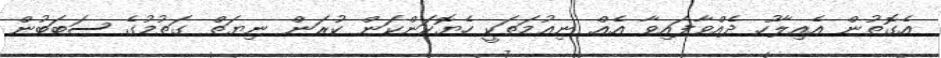
އެގޮތުން އެއިލާހު ދެއްވާފައިވާ އެއް ނިޢުމަތަކީ ހެޔޮކަންކަން ކުރަން ނިޔަތް ގަތުމުގެ ސަބަބުން